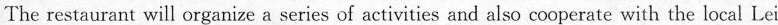
The restaurant will organize a series of activities and also cooperate with the local Lei